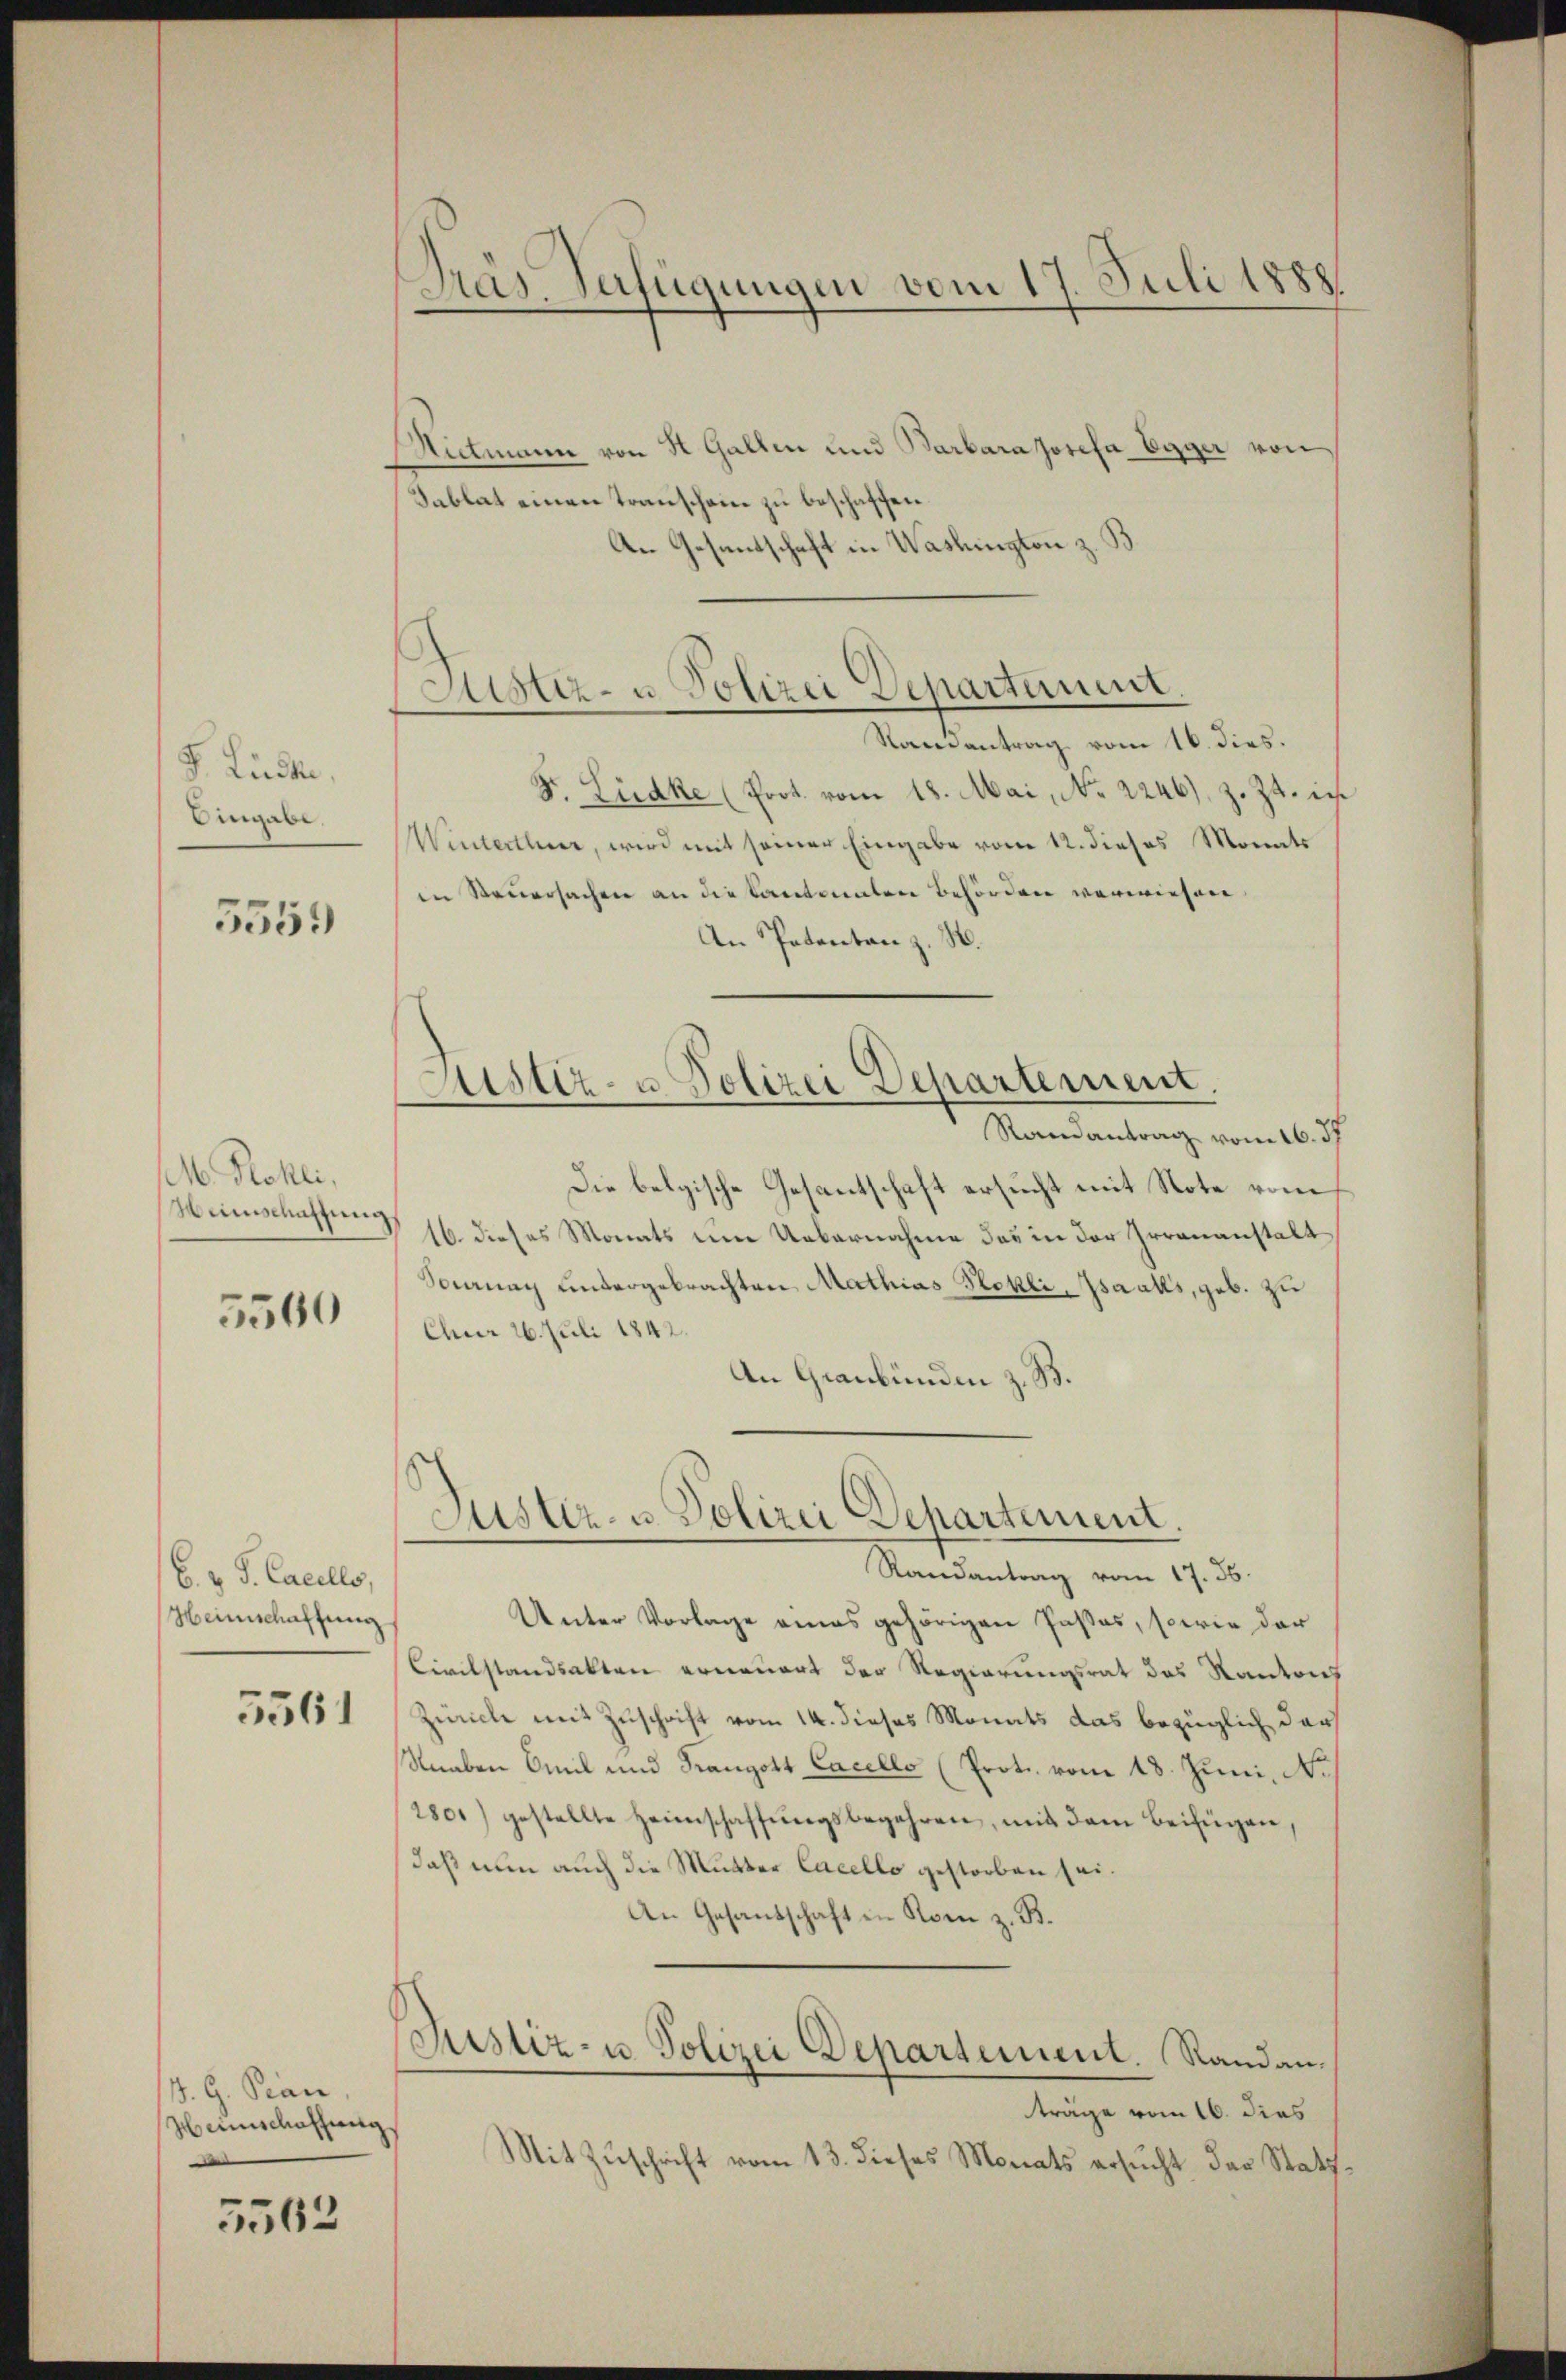
F. Lüste.
Eingabe.

5559

M. Kohli,
Wünschaffung

5560

6. v. J. Cancells,
Heimschaffung

5561

J. G. Pran
Hannschaffung

5562

Dras Verfügungen vom 17. Juli 1888.

Nitmann von St. Gallen und Barbara Josefa Egger von
Sablat einen Transchein zu beschaffen.
An Gesandtschaft in Washington z. B
Namantrag vom 16. dies.
Dr. Liedke (Prot. vom 18. Mai, No. 2246), z. Zt. ich
Winterthur, wird mit seiner Eingabe vom 12. dieses Monats
in Steŭersachen an die Santonalen Behörden verwiesen.
An Patentan z. B.
Justiz- u. Polizei Departement.
Randantrag vom 16. ds.
Die belgische Gesantschaft ersucht mit Note vom
16. dieses Monats um Uebernahme das in der Irrenanstalt
Soierung untergebrachten Mathias Stokli Isaaks, geb. zu
Chur 26. Juli 1842.
An Graubünden z. B.

Justiz- u Polizei Departement.

Justiz- u. Polizei Departement.
Randantrag vom 17. 36.

Unter Vorlage eines gehörigen Passas, sowie der
Civilstandsakten erneuert der Regierungsrat des Kantons
Zürich mit Zuschrift vom 14. dieses Monats das bezüglich darf
Knaben Emil und Kranzott Cacelle (Prot. vom 18. Juni, No
280) gestellte Heimschaffŭngsbegehren, mit dem Beifügen,
daß nun auch die Mutter Cacello gestorben sei¬
An Gesandschaft in Kom z. B.
Justiz- u. Polizei Departement. Standanträge vom 16. dies
Mit Zuschrift vom 13. dieses Monats ersucht der Statt.